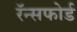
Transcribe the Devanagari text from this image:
रॅन्सफोर्ड